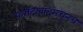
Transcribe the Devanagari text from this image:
फरीदाबादमधूनच